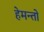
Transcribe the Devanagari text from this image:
हेमन्तो